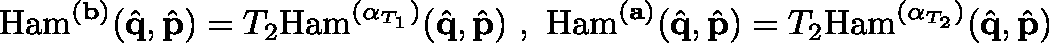
\mathrm { H a m } ^ { ( \mathbf { b } ) } ( \hat { \mathbf { q } } , \hat { \mathbf { p } } ) = T _ { 2 } \mathrm { H a m } ^ { ( \mathbf { \alpha } _ { T _ { 1 } } ) } ( \hat { \mathbf { q } } , \hat { \mathbf { p } } ) \, \, , \, \, \mathrm { H a m } ^ { ( \mathbf { a } ) } ( \hat { \mathbf { q } } , \hat { \mathbf { p } } ) = T _ { 2 } \mathrm { H a m } ^ { ( \mathbf { \alpha } _ { T _ { 2 } } ) } ( \hat { \mathbf { q } } , \hat { \mathbf { p } } )